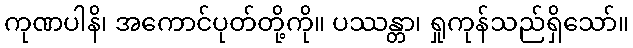
ကုဏပါနိ၊ အကောင်ပုတ်တို့ကို။ ပဿန္တာ၊ ရှုကုန်သည်ရှိသော်။